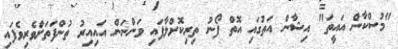
"މުސްކާން އައީތަ" އިޝާން އަތުގައި އޮތް ފޯނު ތިރިކޮށްލާފައި ވަންނަން އައިއިރު ތުންފަތަށްވެރިވެފައި